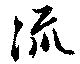
流